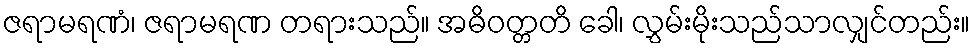
ဇရာမရဏံ၊ ဇရာမရဏ တရားသည်။ အဓိဝတ္တတိ ခေါ၊ လွှမ်းမိုးသည်သာလျှင်တည်း။